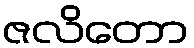
ဇလိတော